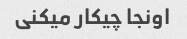
اونجا چیکار میکنی